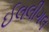
ઈલલીગલ